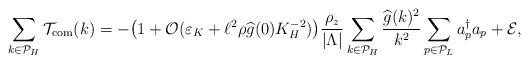
LaTeX: \begin{align*}\sum_{k \in \mathcal{P}_H} \mathcal T_{\rm{com}}(k) = - \big(1 + \mathcal O(\varepsilon_K + \ell^2 \rho \widehat g(0) K_H^{-2}) \big) \frac{\rho_z}{\vert \Lambda \vert} \sum_{k \in \mathcal{P}_H} \frac{ \widehat g(k)^2}{ k^2 } \sum_{p \in \mathcal P_L} a_p^\dagger a_p + \mathcal E,\end{align*}